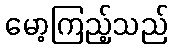
မော့ကြည့်သည်